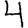
Digit: 4